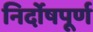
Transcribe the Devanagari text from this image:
निर्दोषपूर्ण